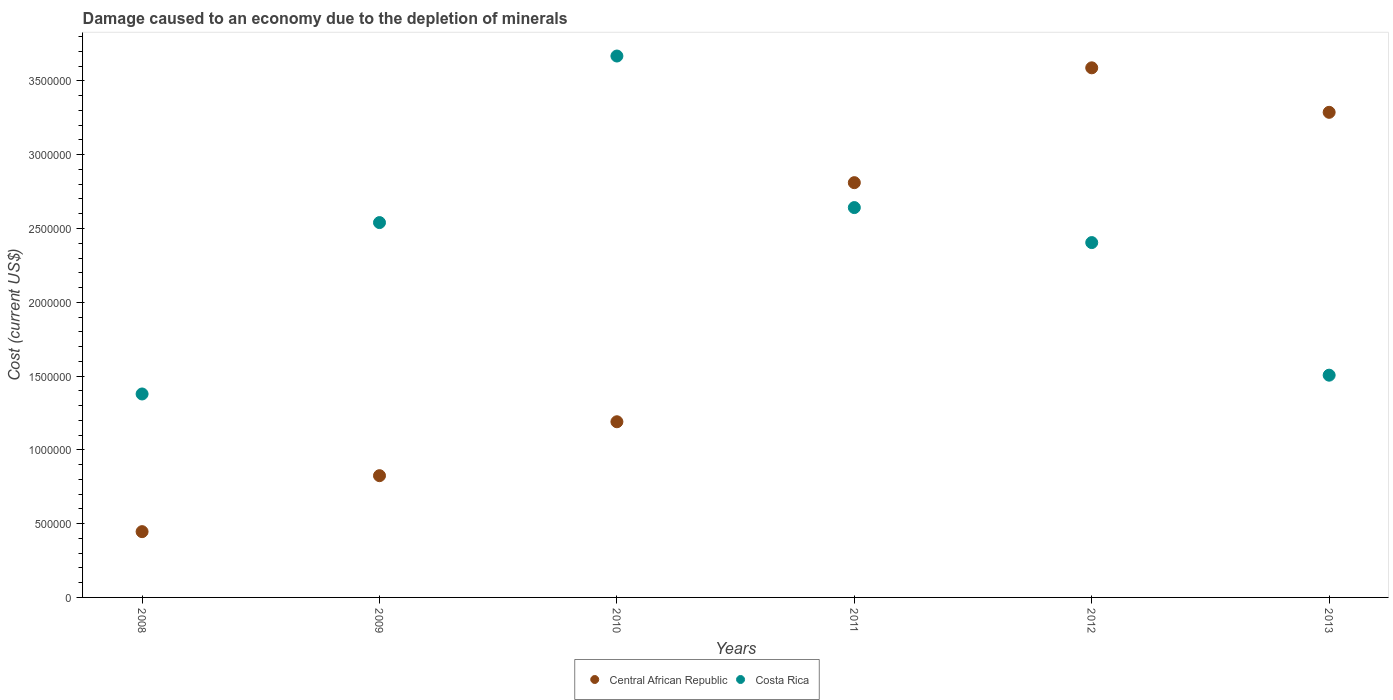
| Years | Central African Republic | Costa Rica |
 | --- | --- | --- |
 | 2008 | 4.46e+05 | 1.38e+06 |
 | 2009 | 8.25e+05 | 2.54e+06 |
 | 2010 | 1.19e+06 | 3.67e+06 |
 | 2011 | 2.81e+06 | 2.64e+06 |
 | 2012 | 3.59e+06 | 2.4e+06 |
 | 2013 | 3.29e+06 | 1.51e+06 |